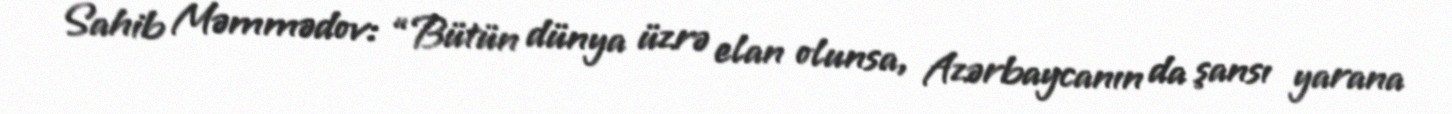
Sahib Məmmədov: “Bütün dünya üzrə elan olunsa, Azərbaycanın da şansı yarana